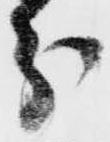
分